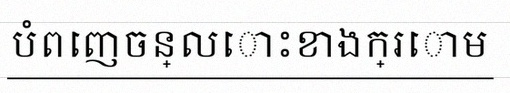
បំពេញចន្លោះខាងក្រោម